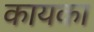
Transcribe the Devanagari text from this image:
कायका